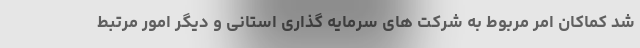
شد کماکان امر مربوط به شرکت های سرمایه گذاری استانی و دیگر امور مرتبط